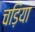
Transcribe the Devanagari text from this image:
चड़िया